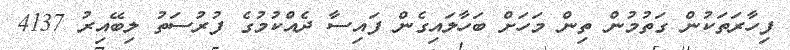
ފިހާރަތަކުން ގަތުމުން ތިން މަހަށް ބަހާލައިގެން ފައިސާ ދެއްކުމުގެ ފުރުސަތު ލިބޭއިރު 4137